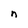
Character: n